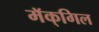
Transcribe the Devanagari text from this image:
मॅक्‌गिल